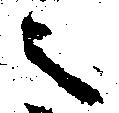
之